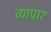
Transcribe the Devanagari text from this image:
व्यापार